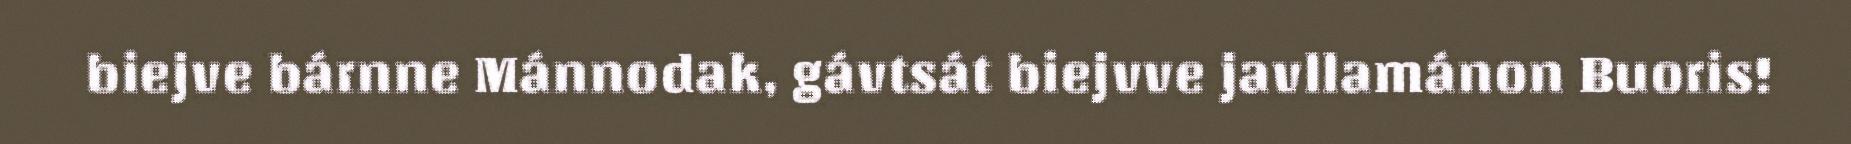
biejve bárnne Mánnodak, gávtsát biejvve javllamánon Buoris!